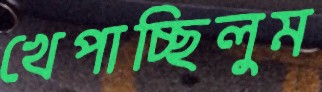
খেপাচ্ছিলুম